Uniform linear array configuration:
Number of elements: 32
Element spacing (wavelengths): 1
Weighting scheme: hann
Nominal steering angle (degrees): -45
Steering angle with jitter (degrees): -46.361
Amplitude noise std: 0.05
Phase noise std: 0.05

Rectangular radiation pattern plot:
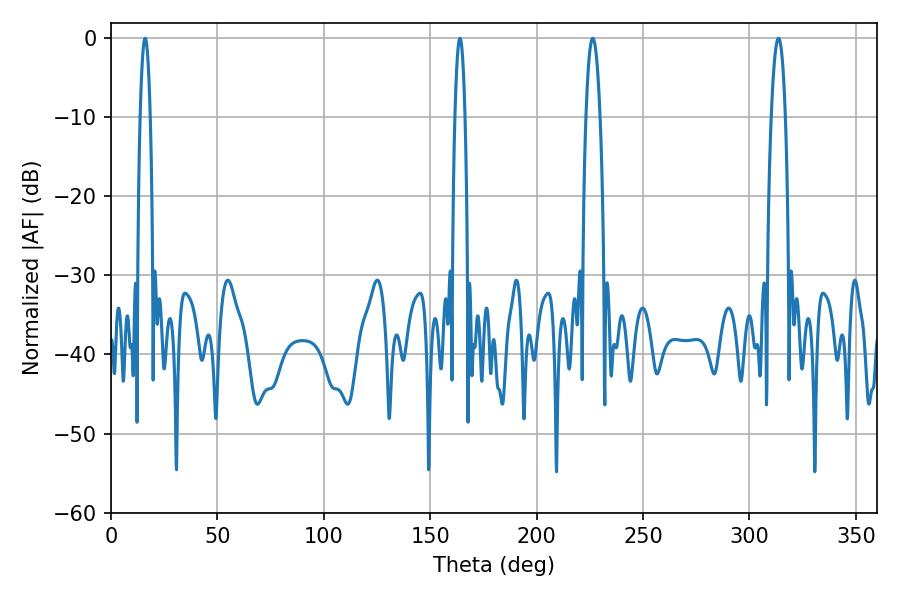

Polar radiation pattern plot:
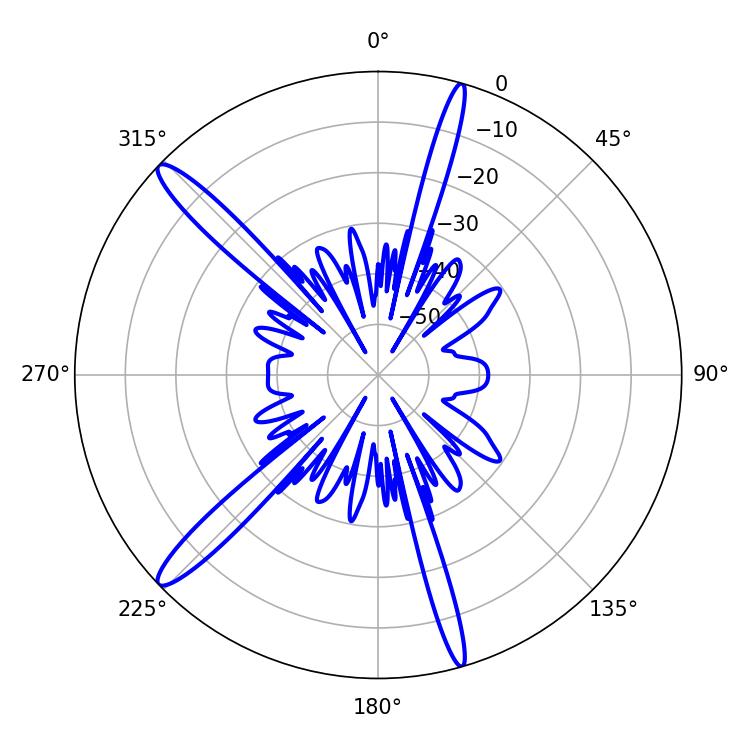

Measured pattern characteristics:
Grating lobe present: TRUE
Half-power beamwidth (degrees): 2.52
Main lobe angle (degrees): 16.02